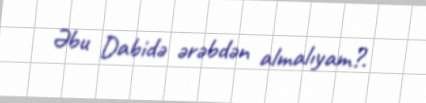
Əbu Dabidə ərəbdən almalıyam?.